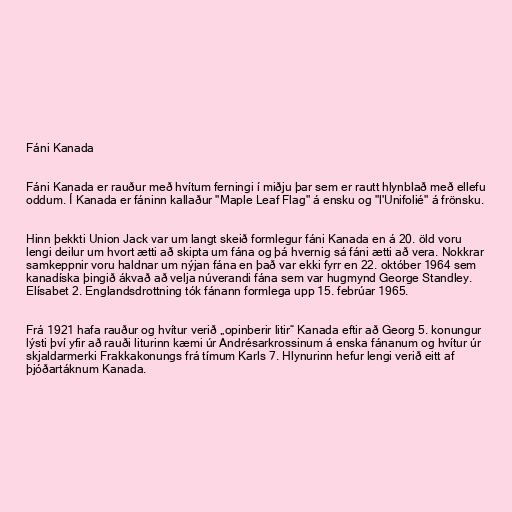
Fáni Kanada

Fáni Kanada er rauður með hvítum ferningi í miðju þar sem er rautt hlynblað með ellefu
oddum. Í Kanada er fáninn kallaður "Maple Leaf Flag" á ensku og "l'Unifolié" á frönsku.

Hinn þekkti Union Jack var um langt skeið formlegur fáni Kanada en á 20. öld voru
lengi deilur um hvort ætti að skipta um fána og þá hvernig sá fáni ætti að vera. Nokkrar
samkeppnir voru haldnar um nýjan fána en það var ekki fyrr en 22. október 1964 sem
kanadíska þingið ákvað að velja núverandi fána sem var hugmynd George Standley.
Elísabet 2. Englandsdrottning tók fánann formlega upp 15. febrúar 1965.

Frá 1921 hafa rauður og hvítur verið „opinberir litir“ Kanada eftir að Georg 5. konungur
lýsti því yfir að rauði liturinn kæmi úr Andrésarkrossinum á enska fánanum og hvítur úr
skjaldarmerki Frakkakonungs frá tímum Karls 7. Hlynurinn hefur lengi verið eitt af
þjóðartáknum Kanada.